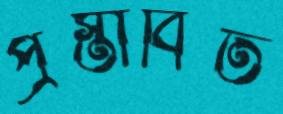
প্রস্তাবিত